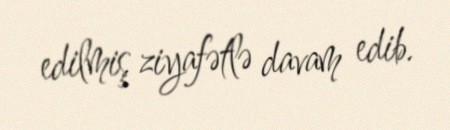
edilmiş ziyafətlə davam edib.